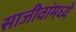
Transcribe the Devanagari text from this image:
साजीवांमध्ये